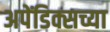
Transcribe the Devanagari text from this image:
अपेंडिक्सच्या